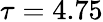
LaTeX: \tau=4.75